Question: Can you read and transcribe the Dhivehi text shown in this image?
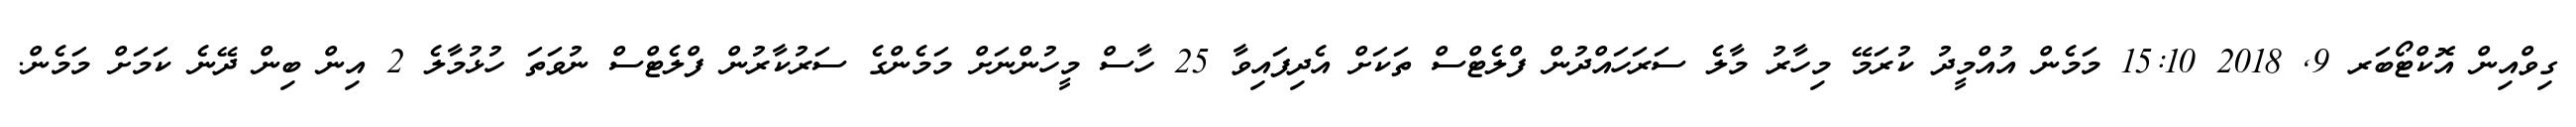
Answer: ގިވްއިން އޮކްޓޯބަރ 9, 2018 15:10 މަމެން އުއްމީދު ކުރަމޭ މިހާރު މާލެ ސަރަހައްދުން ފްލެޓްސް ތަކަށް އެދިފައިވާ 25 ހާސް މީހުންނަށް މަމެންގެ ސަރުކާރުން ފްލެޓްސް ނުވަތަ ހުޅުމާލެ 2 އިން ބިން ދޭނެ ކަމަށް މަމެން.